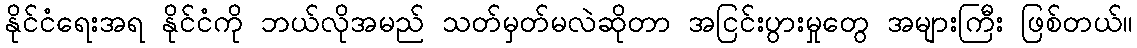
နိုင်ငံရေးအရ နိုင်ငံကို ဘယ်လိုအမည် သတ်မှတ်မလဲဆိုတာ အငြင်းပွားမှုတွေ အများကြီး ဖြစ်တယ်။